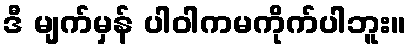
ဒီ မျက်မှန် ပါဝါကမကိုက်ပါဘူး။